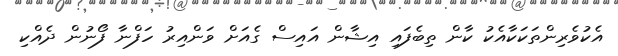
އެކުވެރިންތަކަކާއެކު ކާން ތިބެފައި އިޝާން އައިސް ގެއަށް ވަންއިރު ހަފްނާ ފޯނުން ދެއްކި